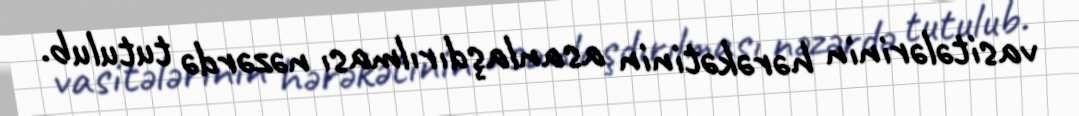
vasitələrinin hərəkətinin asanlaşdırılması nəzərdə tutulub.